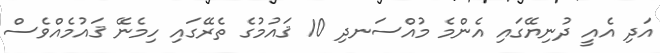
އަދި އެއީ ދުނިޔޭގައި އެންމެ މުއްސަނދި 10 ޤައުމުގެ ތެރޭގައި ހިމެނޭ ޤައުމެއްވެސް